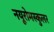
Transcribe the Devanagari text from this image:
नयूरोमस्कुलर